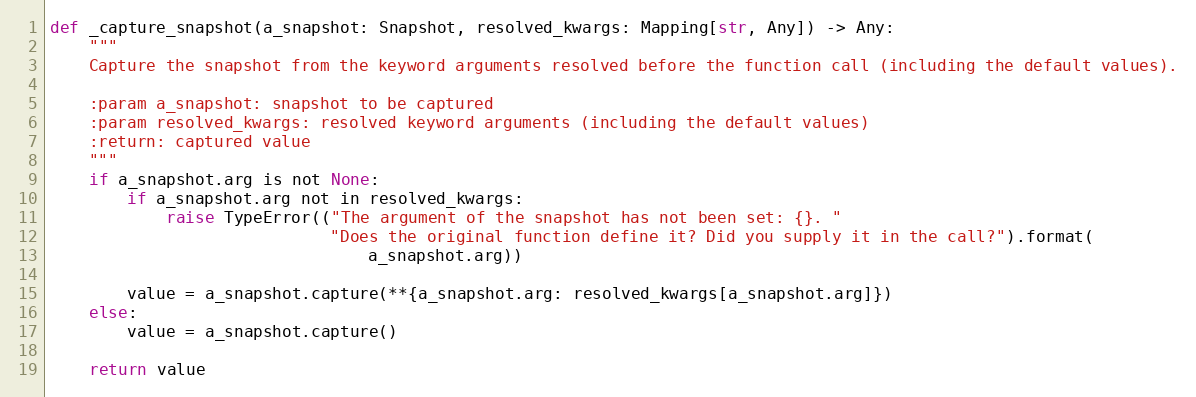
Language: Python
def _capture_snapshot(a_snapshot: Snapshot, resolved_kwargs: Mapping[str, Any]) -> Any:
    """
    Capture the snapshot from the keyword arguments resolved before the function call (including the default values).

    :param a_snapshot: snapshot to be captured
    :param resolved_kwargs: resolved keyword arguments (including the default values)
    :return: captured value
    """
    if a_snapshot.arg is not None:
        if a_snapshot.arg not in resolved_kwargs:
            raise TypeError(("The argument of the snapshot has not been set: {}. "
                             "Does the original function define it? Did you supply it in the call?").format(
                                 a_snapshot.arg))

        value = a_snapshot.capture(**{a_snapshot.arg: resolved_kwargs[a_snapshot.arg]})
    else:
        value = a_snapshot.capture()

    return value